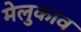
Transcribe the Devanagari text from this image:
मेलुकाव